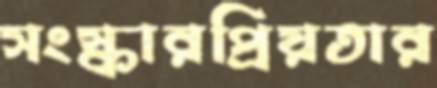
সংস্কারপ্রিয়তার